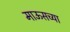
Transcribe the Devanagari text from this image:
माऊसच्या